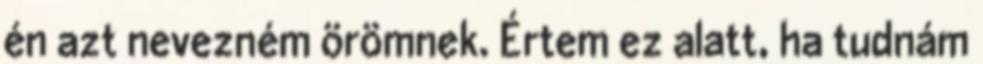
én azt nevezném örömnek. Értem ez alatt, ha tudnám